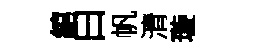
綰曰帆清璇